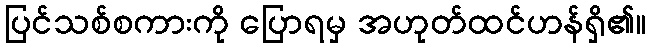
ပြင်သစ်စကားကို ပြောရမှ အဟုတ်ထင်ဟန်ရှိ၏။